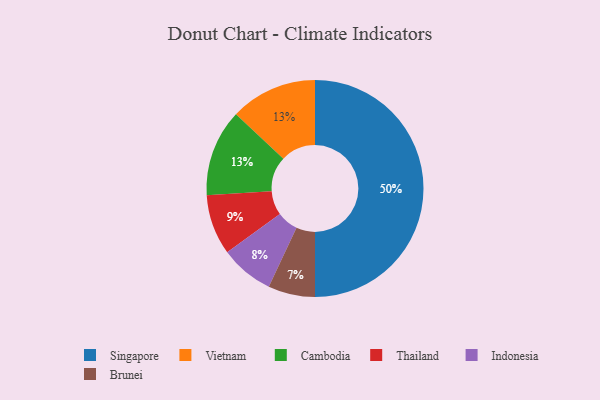
{"axis": {"x": "Category", "y": "Percentage"}, "legend": ["Brunei", "Cambodia", "Indonesia", "Singapore", "Thailand", "Vietnam"], "data": [{"x": "Singapore", "y": 50, "type": "Singapore"}, {"x": "Indonesia", "y": 8, "type": "Indonesia"}, {"x": "Vietnam", "y": 13, "type": "Vietnam"}, {"x": "Cambodia", "y": 13, "type": "Cambodia"}, {"x": "Brunei", "y": 7, "type": "Brunei"}, {"x": "Thailand", "y": 9, "type": "Thailand"}]}